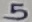
Text: 5